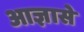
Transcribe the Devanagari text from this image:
आज्ञासे